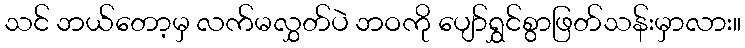
သင် ဘယ်တော့မှ လက်မလွှတ်ပဲ ဘဝကို ပျော်ရွှင်စွာဖြတ်သန်းမှာလား။